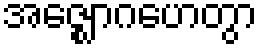
အဇ္ဈောဂဟေတွာ